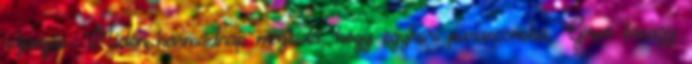
rajongás. Midőn harmadnap megtudá, hogy egykori parancsnoka, Giron őrnagy